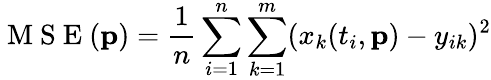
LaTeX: \mathrm{~M~S~E~}(\mathbf{p})=\frac{1}{n}\sum_{i=1}^{n}\sum_{k=1}^{m}(x_{k}(t_{i},\mathbf{p})-y_{ik})^{2}